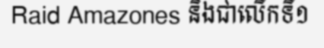
Raid Amazones និងជាលើកទី១